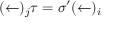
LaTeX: ( \leftarrow ) _ { j } \tau = \sigma ^ { \prime } ( \leftarrow ) _ { i }